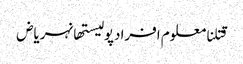
قتلنامعلوم افرادپولیستھانہریاض